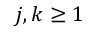
j , k \geq 1